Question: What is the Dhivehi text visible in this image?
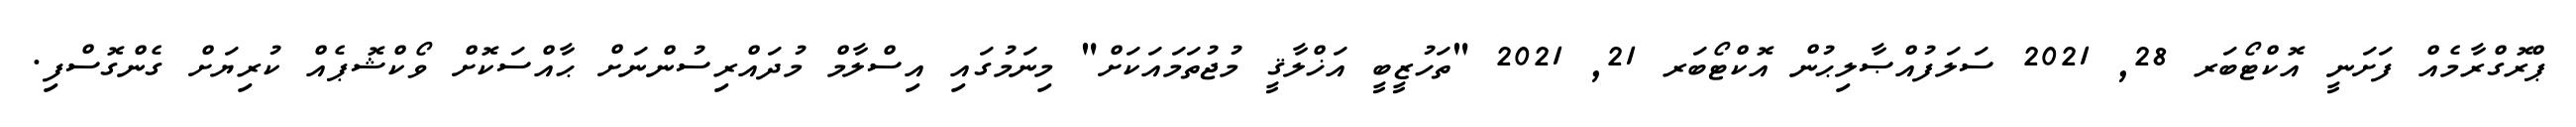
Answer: ޕްރޮގްރާމެއް ފަށަނީ އޮކްޓޯބަރ 28, 2021 ސަލަފުއްޞާލިޙުން އޮކްޓޯބަރ 21, 2021 "ތަހުޒީބީ އަޚްލާޤީ މުޖުތަމައަކަށް" މިނަމުގައި އިސްލާމް މުދައްރިސުންނަށް ޙާއްސަކޮށް ވޯކްޝޮޕެއް ކުރިޔަށް ގެންގޮސްފި.